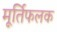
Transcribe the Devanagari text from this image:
मूर्तिफलक